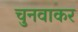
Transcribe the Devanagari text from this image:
चुनवाकर